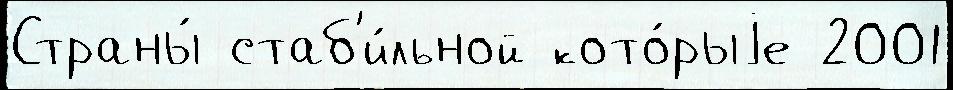
Страны́ стаб'и́льной кото́рыjе 2001